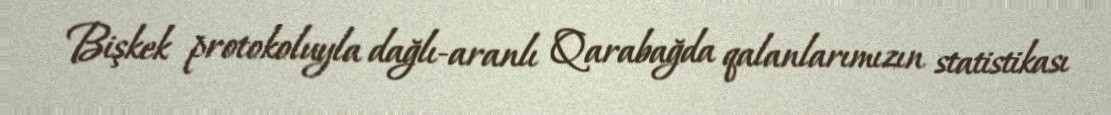
Bişkek protokoluyla dağlı-aranlı Qarabağda qalanlarımızın statistikası